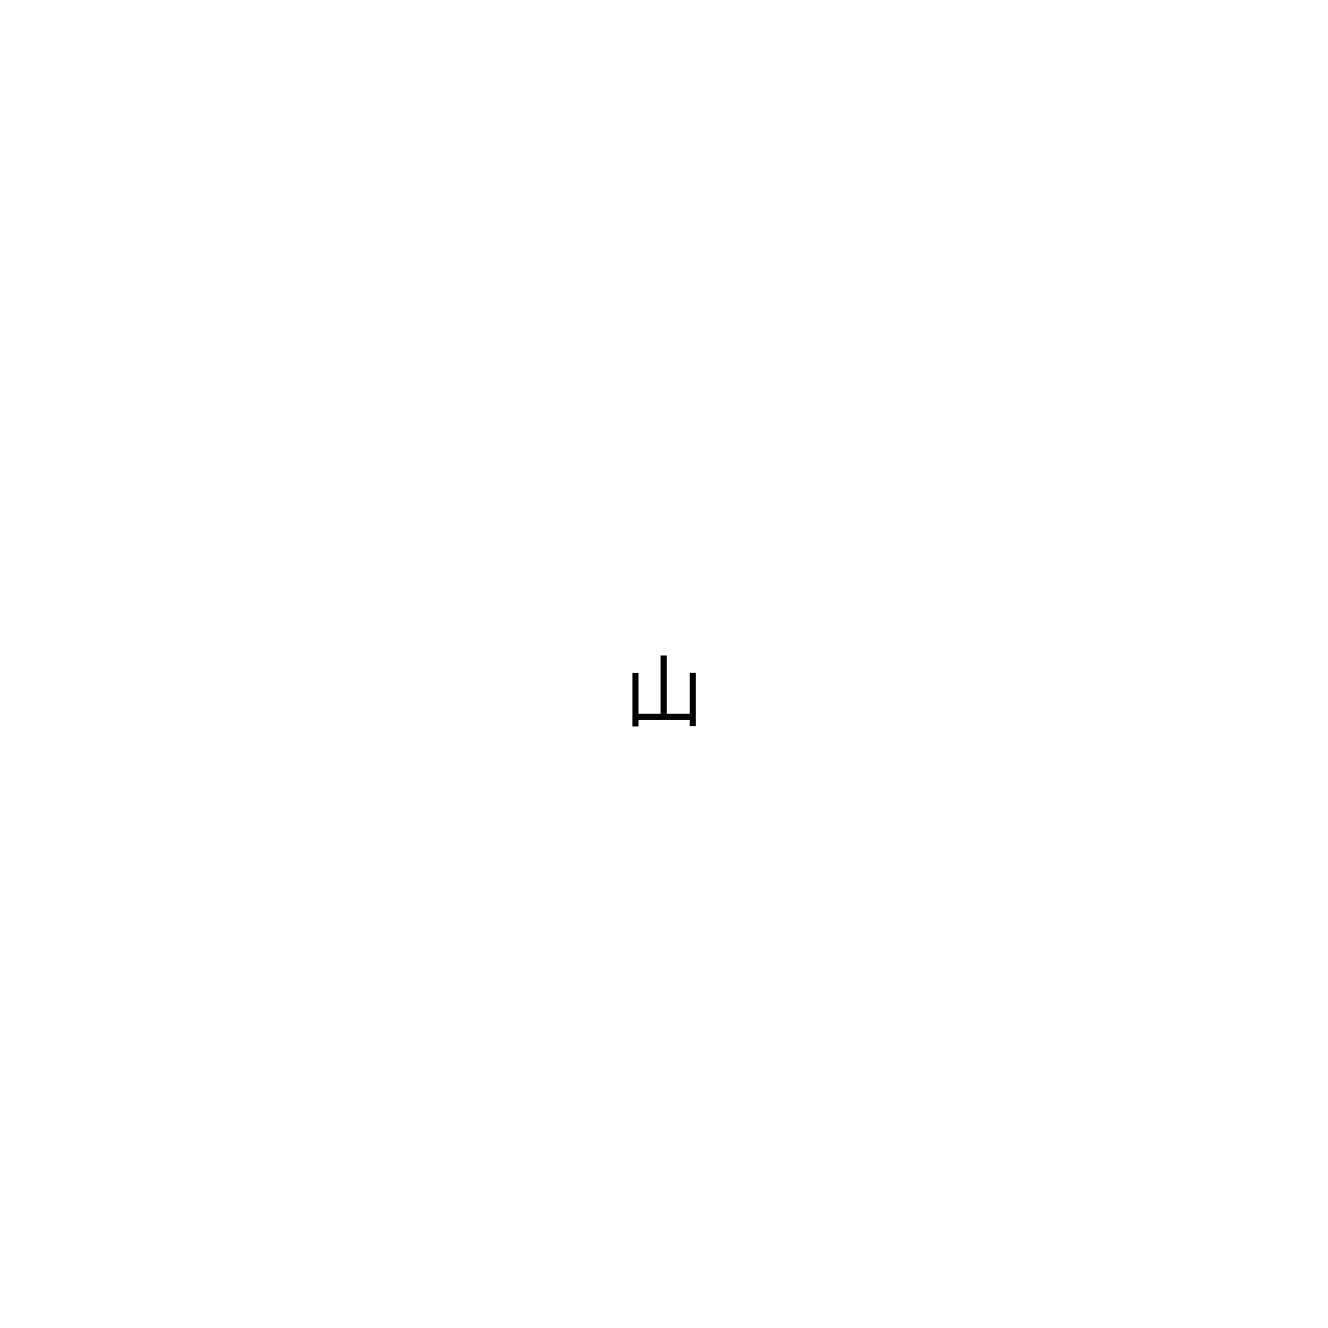
山